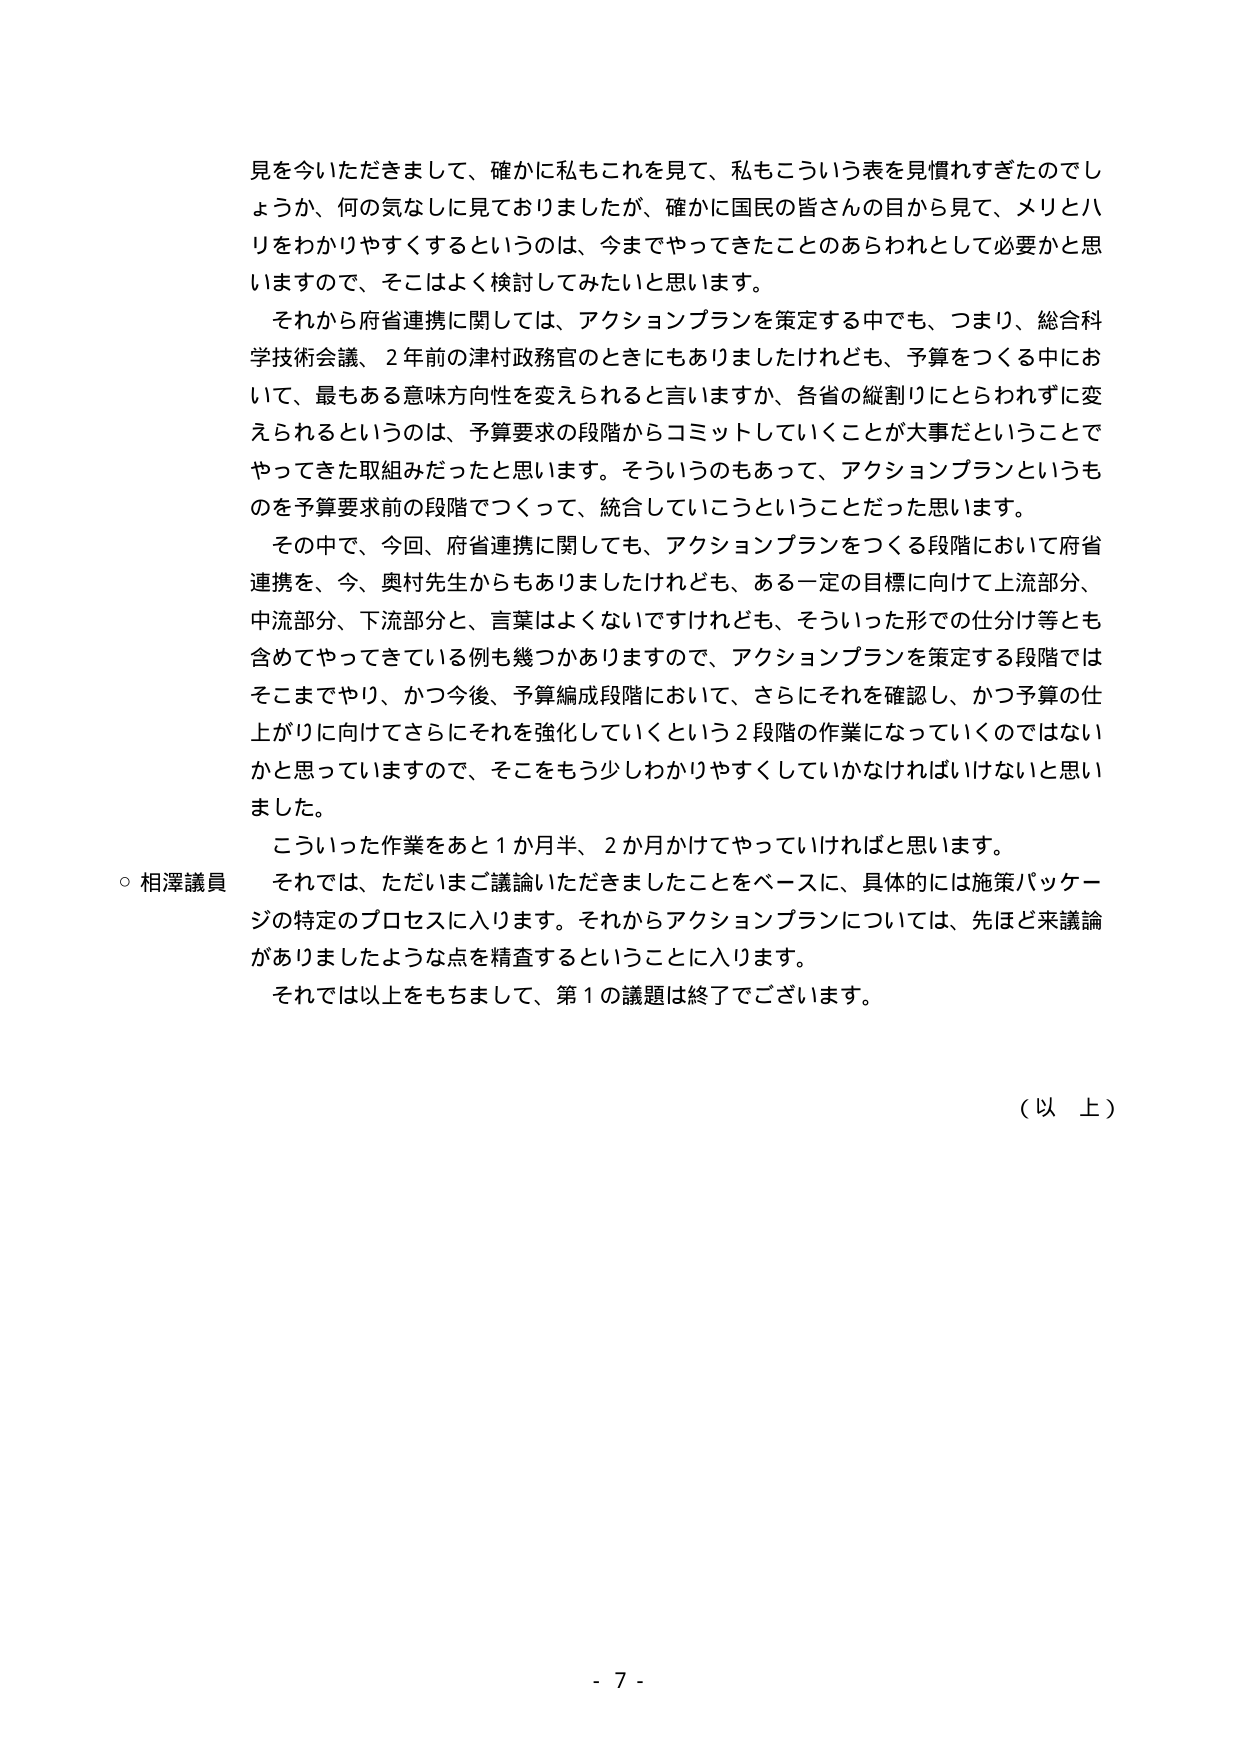
見を今いただきまして、確かに私もこれを見て、私もこういう表を見慣れすぎたのでしょうか、何の気なしに見ておりましたが、確かに国民の皆さんの目から見て、メリとハリをわかりやすくするというのは、今までやってきたことのあらわれとして必要かと思いますので、そこはよく検討してみたいと思います。

それから府省連携に関しては、アクションプランを策定する中でも、つまり、総合科学技術会議、2年前の津村政務官のときにもありましたけれども、予算をつくる中において、最もある意味方向性を変えられると言いますか、各省の縦割りにとらわれずに変えられるというのは、予算要求の段階からコミットしていくことが大事だということでやってきた取組みだったと思います。そういうのもあって、アクションプランというものを予算要求前の段階でつくって、統合していこうということだったと思います。

その中で、今回、府省連携に関しても、アクションプランをつくる段階において府省連携を、今、奥村先生からもありましたけれども、ある一定の目標に向けて上流部分、中流部分、下流部分と、言葉はよくないですがけれども、そういった形での仕分け等も含めてやってきている例も幾つかありますので、アクションプランを策定する段階ではそこまでやり、かつ今後、予算編成段階において、さらにそれを確認し、かつ予算の仕上がりに向けてさらにそれを強化していくという2段階の作業になっていくのではないかと思っていますので、そこをもう少しわかりやすくしていかなければいけないと思いました。

こういった作業をあと1か月半、2か月かけてやっていければと思います。

○相澤議員　それでは、ただいまご議論いただきましたことをベースに、具体的には施策パッケージの特定のプロセスに入ります。それからアクションプランについては、先ほど来議論がありましたような点を精査することに入ります。

それでは以上をもちまして、第1の議題は終了でございます。

（以上）

- 7 -